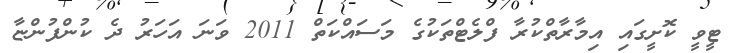
ޓީވީ ކޮށީގައި އިމާރާތްކުރާ ފްލެޓްތަކުގެ މަސައްކަތް 2011 ވަނަ އަހަރު ދެ ކުންފުންޏާ